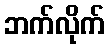
ဘက်လိုက်